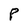
Character: P